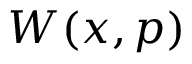
W ( x , p )